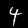
Label: 4